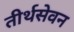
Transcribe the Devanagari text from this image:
तीर्थसेवन